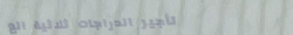
تأجير الدراجات ثلاثية الع